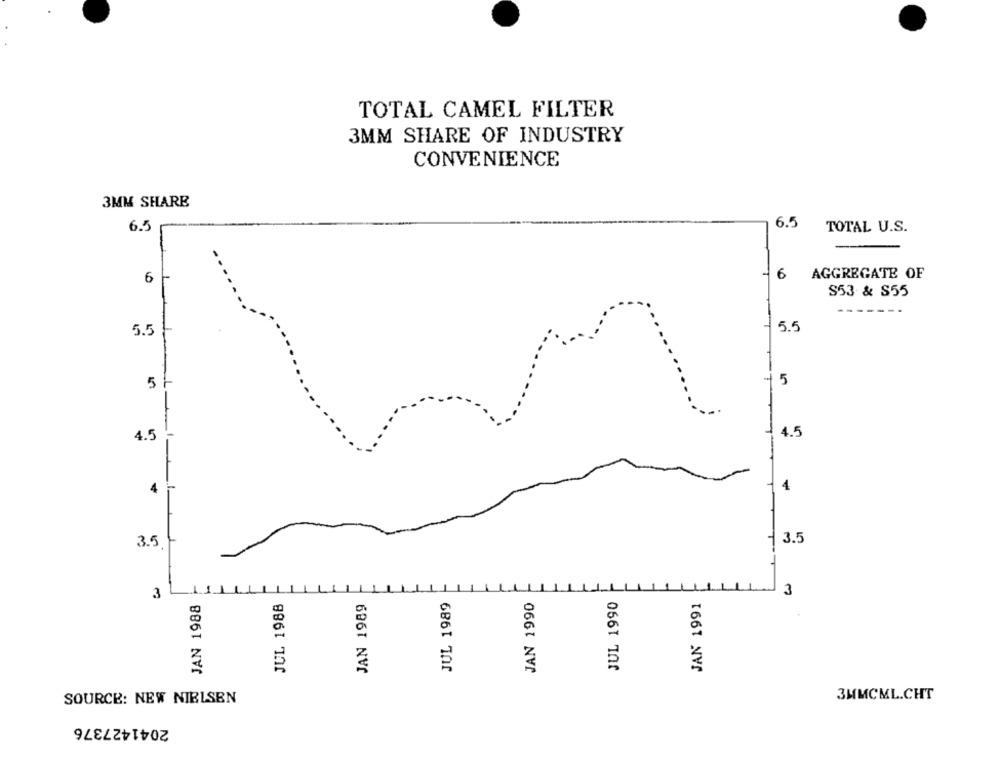
TOTAL CAMEL FILTER
3MM SHARE OF INDUSTRY
CONVENIENCE
3MM SHARE
6.5
6.5
TOTAL U.S.
6
- 6 AGGREGATE OF
S53 & S55
---
5.5
5.5
5
5
4.5
4.5
4
4
3.5
3.5
3
JUL 1989
JAN 1990
3
JAN 1988
JUL 1988
JAN 1989
JUL 1990
JAN 1991
SOURCE: NEW NIELSEN
3MMCML.CHT
2041427376